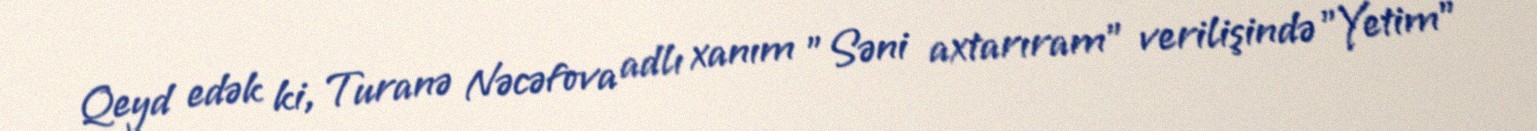
Qeyd edək ki, Turanə Nəcəfova adlı xanım "Səni axtarıram" verilişində "Yetim"